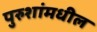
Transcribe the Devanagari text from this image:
पुरुशांमधील